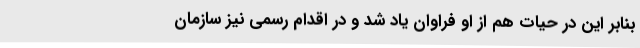
بنا‌بر این در حیات هم از او فراوان یاد شد و در اقدام رسمی نیز سازمان